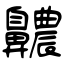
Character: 齈